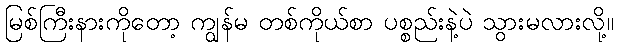
မြစ်ကြီးနားကိုတော့ ကျွန်မ တစ်ကိုယ်စာ ပစ္စည်းနဲ့ပဲ သွားမလားလို့။